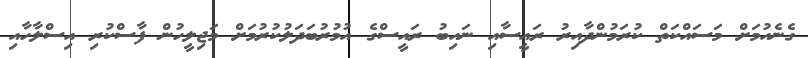
ގެނެއުމަށް މަސައްކަތް ކުރަމުންދާއިރު ރައީސާއި ނައިބު ރައީސްގެ އުމުރުބަދަލުކުރުމަށް މަޖިލީހުން ފާސްކުރި އިސްލާހާއި